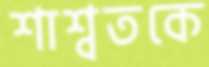
শাশ্বতকে